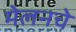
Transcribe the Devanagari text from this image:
मेलनचे